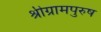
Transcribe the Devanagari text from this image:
श्रीग्रामपुरुष